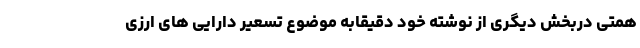
همتی دربخش دیگری از نوشته خود دقیقاًبه موضوع تسعیر دارایی های ارزی